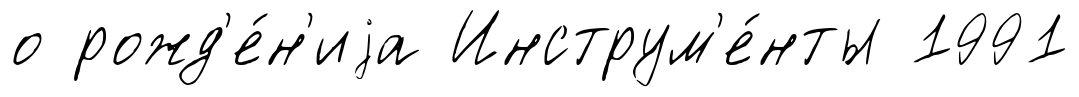
о рожд'е́н'иjа Инструм'е́нты 1991